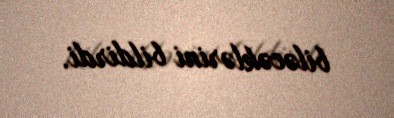
biləcəklərini bildirdi.